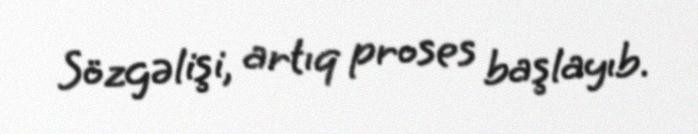
Sözgəlişi, artıq proses başlayıb.